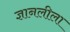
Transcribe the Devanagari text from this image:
ज्ञानलीला